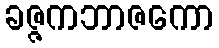
ခဇ္ဇကဘာဇကော